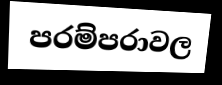
පරම්පරාවල